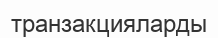
транзакцияларды